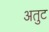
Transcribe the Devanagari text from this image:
अतुट